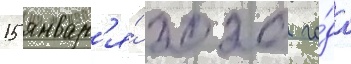
15 январ'я́ 2020 го́да